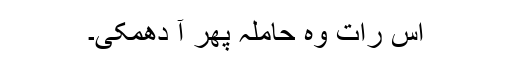
اس رات وہ حاملہ پھر آ دھمکی۔